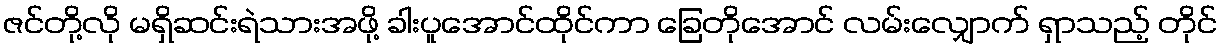
ဇင်တို့လို မရှိဆင်းရဲသားအဖို့ ခါးပူအောင်ထိုင်ကာ ခြေတိုအောင် လမ်းလျှောက် ရှာသည့် တိုင်